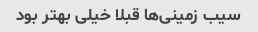
سیب زمینی‌ها قبلا خیلی بهتر بود